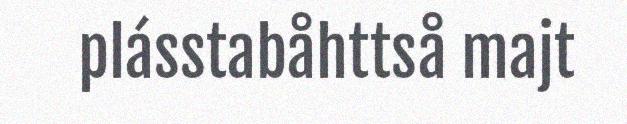
plásstabåhttså majt